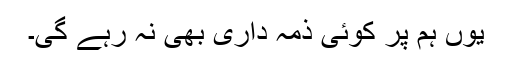
یوں ہم پر کوئی ذمہ داری بھی نہ رہے گی۔